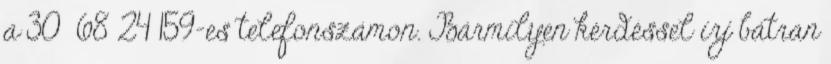
a 30 68 24 159-es telefonszámon. Bármilyen kérdéssel írj bátran